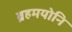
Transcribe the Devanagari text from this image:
ब्रहमयोनि